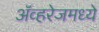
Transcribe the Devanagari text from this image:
ॲव्हरेजमध्ये